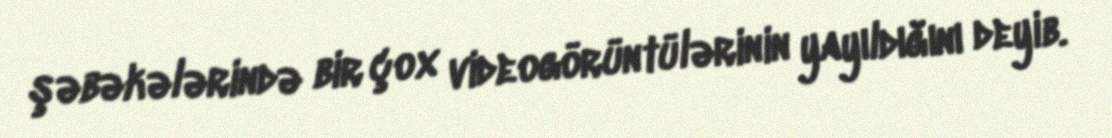
şəbəkələrində bir çox videogörüntülərinin yayıldığını deyib.